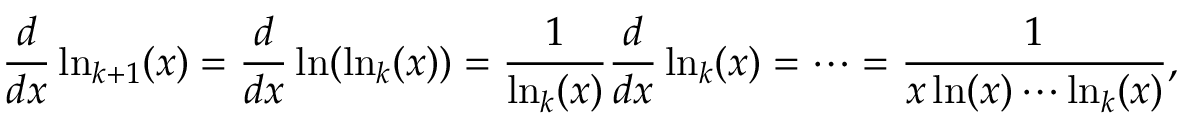
{ \frac { d } { d x } } \ln _ { k + 1 } ( x ) = { \frac { d } { d x } } \ln ( \ln _ { k } ( x ) ) = { \frac { 1 } { \ln _ { k } ( x ) } } { \frac { d } { d x } } \ln _ { k } ( x ) = \cdots = { \frac { 1 } { x \ln ( x ) \cdots \ln _ { k } ( x ) } } ,